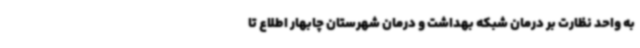
به واحد نظارت بر درمان شبکه بهداشت و درمان شهرستان چابهار اطلاع تا